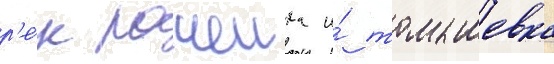
р'е́к рачеика и́ томышевка